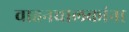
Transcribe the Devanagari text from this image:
वाहनचालकांना